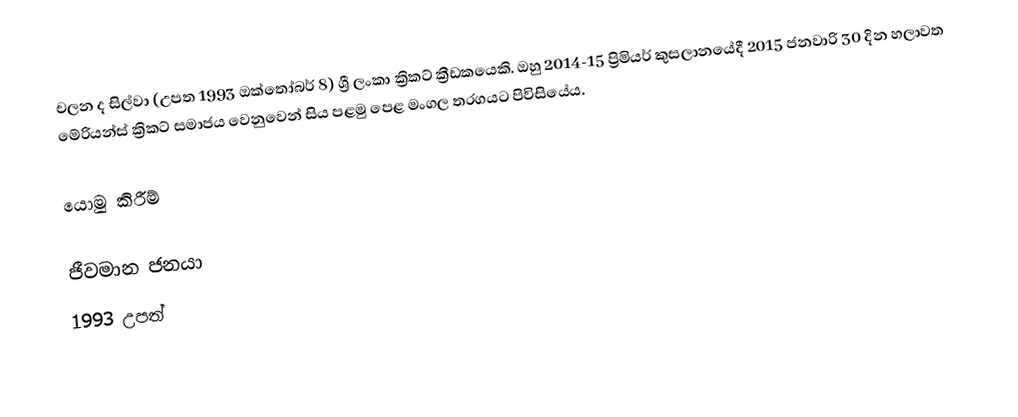
චලන ද සිල්වා (උපත 1993 ඔක්තෝබර් 8) ශ්‍රී ලංකා ක්‍රිකට් ක්‍රීඩකයෙකි. ඔහු 2014-15 ප්‍රිමියර් කුසලානයේදී 2015 ජනවාරි 30 දින හලාවත මේරියන්ස් ක්‍රිකට් සමාජය වෙනුවෙන් සිය පළමු පෙළ මංගල තරගයට පිවිසියේය.

යොමු කිරීම්

ජීවමාන ජනයා
1993 උපත්